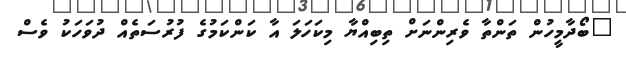
"ބޯދާމީހުން ތަންތާ ވެރިންނަށް ތިބިއްޔާ މިކަހަލަ އާ ކަންކަމުގެ ފުރުސަތެއް ދުވަހަކު ވެސް